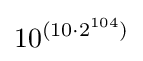
10^{(10\cdot 2^{104})}